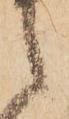
之